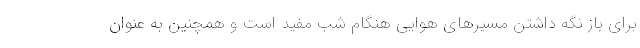
برای باز نگه داشتن مسیرهای هوایی هنگام شب مفید است و همچنین به عنوان